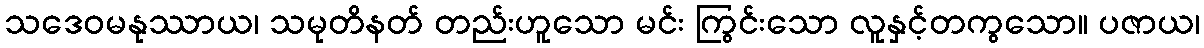
သဒေဝမနုဿာယ၊ သမုတိနတ် တည်းဟူသော မင်း ကြွင်းသော လူနှင့်တကွသော။ ပဇာယ၊